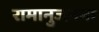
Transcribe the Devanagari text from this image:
रामानुजनना